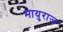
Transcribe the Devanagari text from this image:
मायुराज